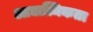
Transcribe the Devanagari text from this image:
आद्यात्मिकता